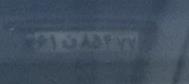
۶۱ن۸۵۴۷۷